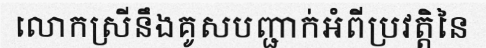
លោកស្រីនឹងគូសបញ្ជាក់អំពីប្រវត្តិនៃ